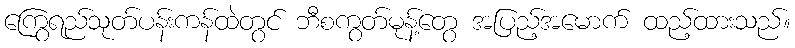
ကြွေရည်သုတ်ပန်းကန်ထဲတွင် ဘီစကွတ်မုန့်တွေ အပြည့်အမောက် ထည့်ထားသည်။